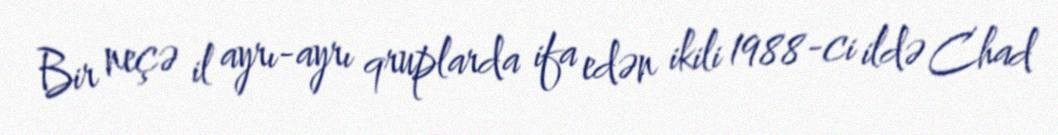
Bir neçə il ayrı-ayrı qruplarda ifa edən ikili 1988-ci ildə Chad